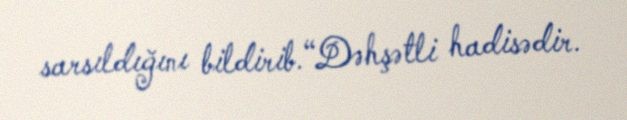
sarsıldığını bildirib.“Dəhşətli hadisədir.